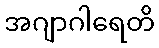
အဂျာဂါရေတိ